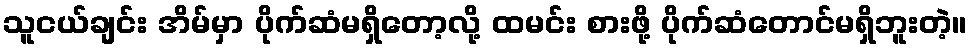
သူငယ်ချင်း အိမ်မှာ ပိုက်ဆံမရှိတော့လို့ ထမင်း စားဖို့ ပိုက်ဆံတောင်မရှိဘူးတဲ့။